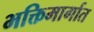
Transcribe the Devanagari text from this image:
भक्तिमार्गात